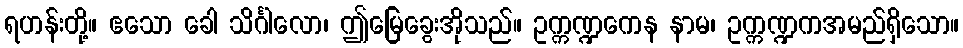
ရဟန်းတို့။ ဧသော ခေါ သိင်္ဂါလော၊ ဤမြေခွေးအိုသည်။ ဥက္ကဏ္ဍကေန နာမ၊ ဥက္ကဏ္ဍကအမည်ရှိသော။